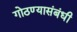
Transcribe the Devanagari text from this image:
गोठण्यासंबंधी